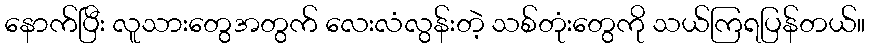
နောက်ပြီး လူသားတွေအတွက် လေးလံလွန်းတဲ့ သစ်တုံးတွေကို သယ်ကြရပြန်တယ်။